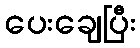
ပေးချေပြီး